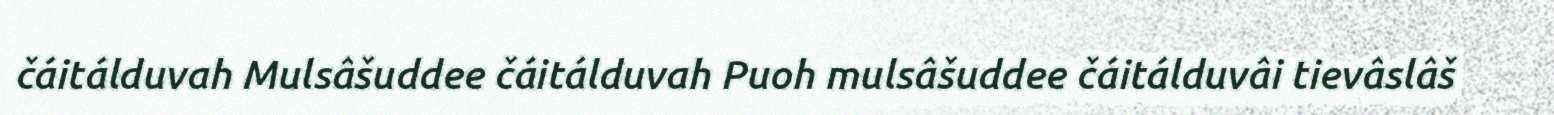
čáitálduvah Mulsâšuddee čáitálduvah Puoh mulsâšuddee čáitálduvâi tievâslâš